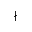
\nmid